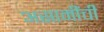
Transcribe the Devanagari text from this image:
असामींची